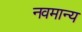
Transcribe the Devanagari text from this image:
नवमान्य